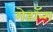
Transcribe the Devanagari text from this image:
गेडॉन्ग